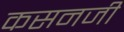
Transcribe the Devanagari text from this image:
कसनजी